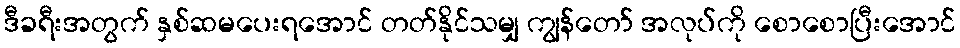
ဒီခရီးအတွက် နှစ်ဆမပေးရအောင် တတ်နိုင်သမျှ ကျွန်တော် အလုပ်ကို စောစောပြီးအောင်